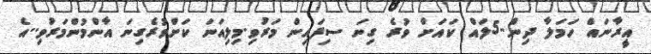
އީރާނައް ހަމަލާ ދިން..5ލައް ކައަށް ވުރެ ގިނަ ސިފައިން މަރުވި.މިލިއަނަ ކަށްވުރެގިނަ އާންމުންމަރުވި..އެ